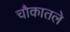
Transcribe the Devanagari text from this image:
चौकातले